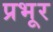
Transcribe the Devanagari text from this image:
प्रभूर